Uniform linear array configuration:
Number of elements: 32
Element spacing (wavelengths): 1
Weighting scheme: hamming
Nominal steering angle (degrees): -45
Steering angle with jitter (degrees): -45.476
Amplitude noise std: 0.05
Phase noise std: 0.05

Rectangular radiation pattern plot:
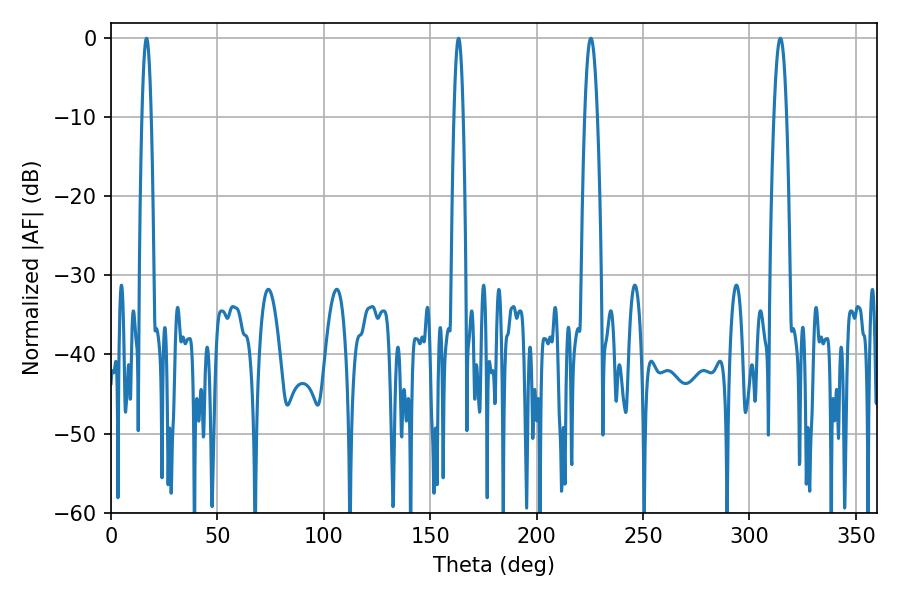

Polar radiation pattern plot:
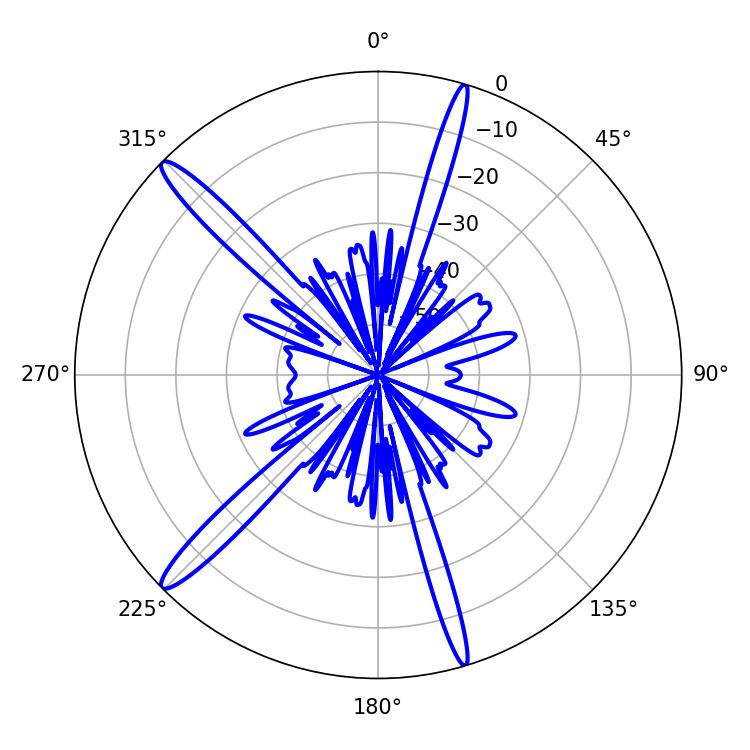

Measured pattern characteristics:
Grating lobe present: TRUE
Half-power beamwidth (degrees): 3.24
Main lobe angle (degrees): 314.46